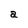
Character: a